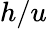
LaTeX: h/u